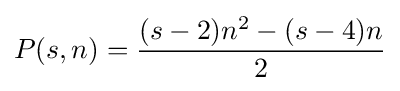
P(s,n)={\frac {(s-2)n^{2}-(s-4)n}{2}}